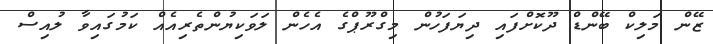
ޒޭން މަލިކް ބޭންޑް ދޫކޮށްފައި ދިޔަފަހުން މިގްރޫޕްގެ އެހެން ލަވަކިޔުންތެރިއެއް ކަމުގައިވާ ލުއިސް